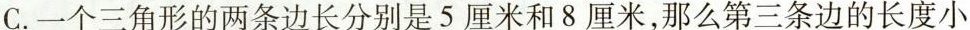
C.一个三角形的两条边长分别是5厘米和8厘米，那么第三条边的长度小